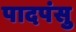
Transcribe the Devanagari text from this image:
पादपंसु